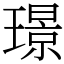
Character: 璟